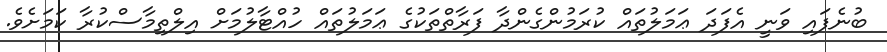
ބުނެފައި ވަނީ އެފަދަ ޢަމަލުތައް ކުރަމުންގެންދާ ފަރާތްތަކުގެ ޢަމަލުތައް ހުއްޓާލުމަށް އިލްތިމާސްކުރާ ކަމަށެވެ.